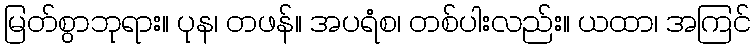
မြတ်စွာဘုရား။ ပုန၊ တဖန်။ အပရံစ၊ တစ်ပါးလည်း။ ယထာ၊ အကြင်